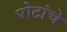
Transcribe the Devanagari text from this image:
पोटांचे